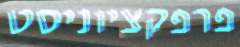
פרפקציוניסט